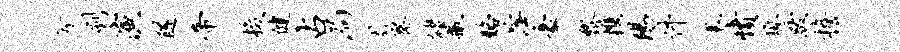
兮刷演隧帝梭健占局故察储撒酪滓豪黎携阳件里愤熄跋檐